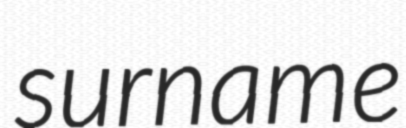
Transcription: surname